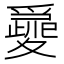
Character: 𡕽